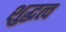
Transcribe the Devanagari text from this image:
शुद्धत्व